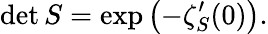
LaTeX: \operatorname*{det}S=\exp\left(-\zeta_{S}^{\prime}(0)\right).